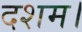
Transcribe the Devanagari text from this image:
दशम।